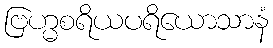
ဗြဟ္မစရိယပရိယောသာနံ